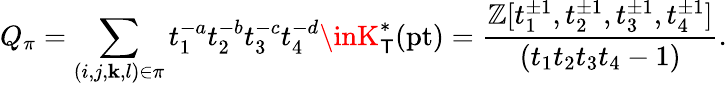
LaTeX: Q_{\pi}=\sum_{(i,j,\mathbf{k},l)\in\pi}t_{1}^{-a}t_{2}^{-b}t_{3}^{-c}t_{4}^{-d}\inK_{\mathsf{{T}}}^{*}(\mathrm{{pt}})=\frac{{\mathbb{{Z}}[t_{1}^{\pm1},t_{2}^{\pm1},t_{3}^{\pm1},t_{4}^{\pm1}]}}{{(t_{1}t_{2}t_{3}t_{4}-1)}}.